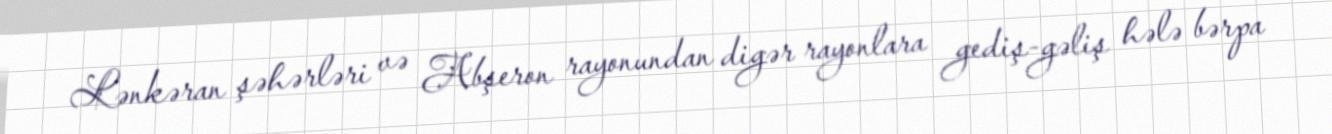
Lənkəran şəhərləri və Abşeron rayonundan digər rayonlara gediş-gəliş hələ bərpa